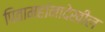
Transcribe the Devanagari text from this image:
पितामहांनादेखील